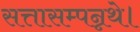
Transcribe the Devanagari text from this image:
सत्तासम्पन्नथे।